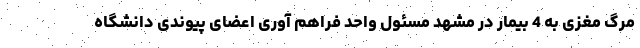
مرگ مغزی به 4 بیمار در مشهد مسئول واحد فراهم آوری اعضای پیوندی دانشگاه